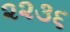
૨૨૩૬